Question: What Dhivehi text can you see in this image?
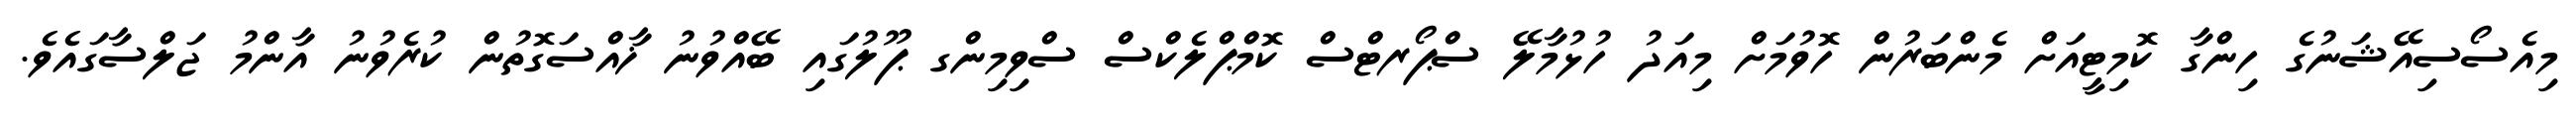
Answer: މިއެސޯސިއޭޝަނުގެ ހިންގާ ކޮމިޓީއަށް މެންބަރުން ހޮވުމަށް މިއަދު ހުޅުމާލޭ ސްޕޯރޓްސް ކޮމްޕްލެކްސް ސްވިމިންގ ޕޫލުގައި ބޭއްވުނު ޚާއްސަގޮތުން ކުރެވުނު އާންމު ޖަލްސާގައެވެ.